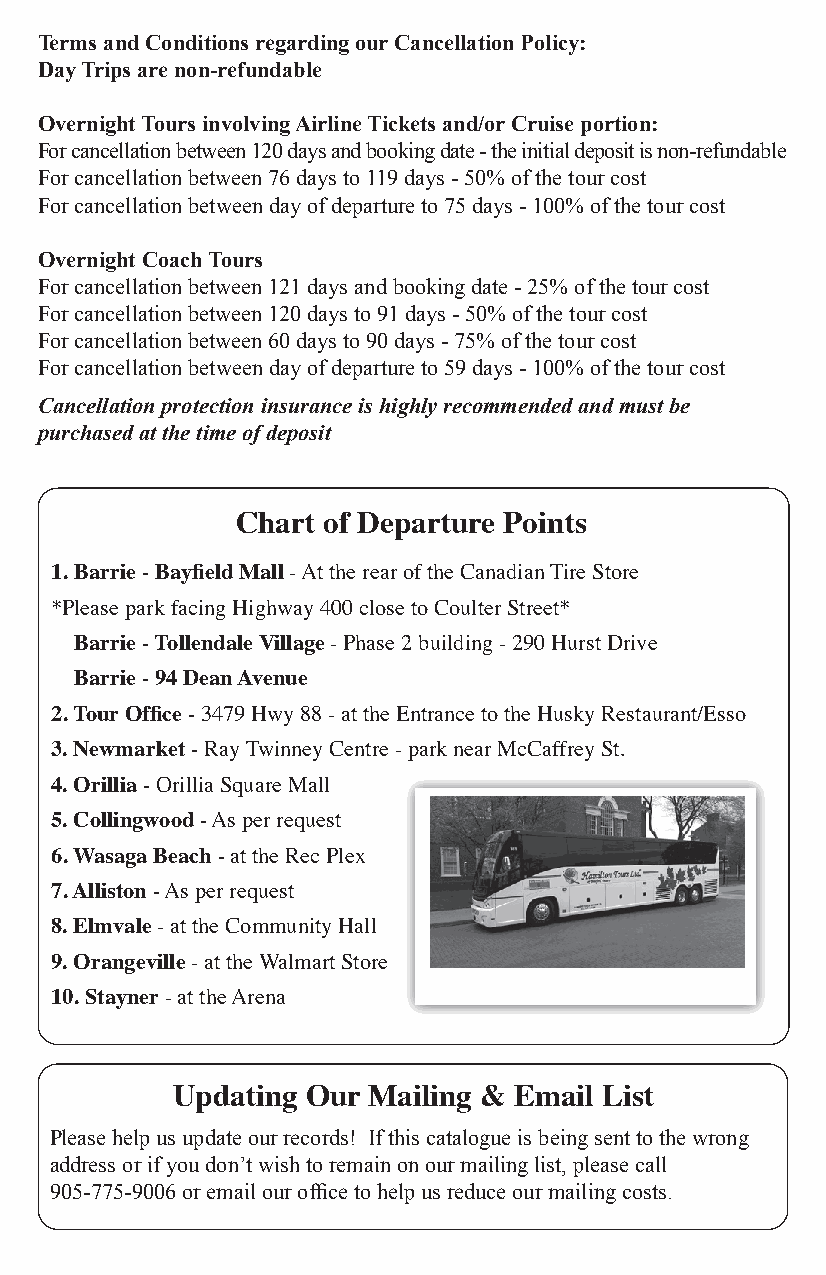
Terms and Conditions regarding our Cancellation Policy:
 Day Trips are non-refundable
 Overnight Tours involving Airline Tickets and/or Cruise portion:
 For cancellation between 120 days and booking date - the initial deposit is non-refundable
 For cancellation between 76 days to 119 days - 50% of the tour cost
 For cancellation between day of departure to 75 days - 100% of the tour cost
 Overnight Coach Tours
 For cancellation between 121 days and booking date - 25% of the tour cost
 For cancellation between 120 days to 91 days - 50% of the tour cost
 For cancellation between 60 days to 90 days - 75% of the tour cost
 For cancellation between day of departure to 59 days - 100% of the tour cost
 Cancellation protection insurance is highly recommended and must be
 purchased at the time of deposit
 Chart of Departure Points
 1. Barrie - Bayfield Mall - At the rear of the Canadian Tire Store
 *Please park facing Highway 400 close to Coulter Street*
 Barrie - Tollendale Village - Phase 2 building - 290 Hurst Drive
 Barrie - 94 Dean Avenue
 2. Tour Office - 3479 Hwy 88 - at the Entrance to the Husky Restaurant/Esso
 3. Newmarket - Ray Twinney Centre - park near McCaffrey St.
 4. Orillia - Orillia Square Mall
 5. Collingwood - As per request
 6. Wasaga Beach - at the Rec Plex
 7. Alliston - As per request
 8. Elmvale - at the Community Hall
 9. Orangeville - at the Walmart Store
 10. Stayner - at the Arena
 Updating Our Mailing & Email List
 Please help us update our records! If this catalogue is being sent to the wrong
 address or if you don’t wish to remain on our mailing list, please call
 905-775-9006 or email our office to help us reduce our mailing costs.